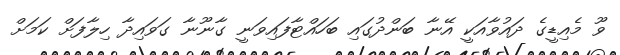
ވޫ މެއިޑީގެ ދައުވާއަކީ އޭނާ ބަންދުގައި ބަހައްޓާފައިވަނީ ގާނޫނާ ގަވައިދާ ހިލާފަށް ކަމަށް